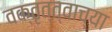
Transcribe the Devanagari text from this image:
वक्तृत्त्वाच्या